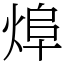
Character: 㷆